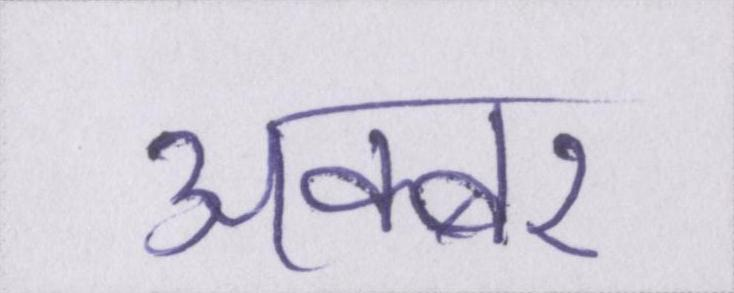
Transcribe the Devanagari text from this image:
अक्बर